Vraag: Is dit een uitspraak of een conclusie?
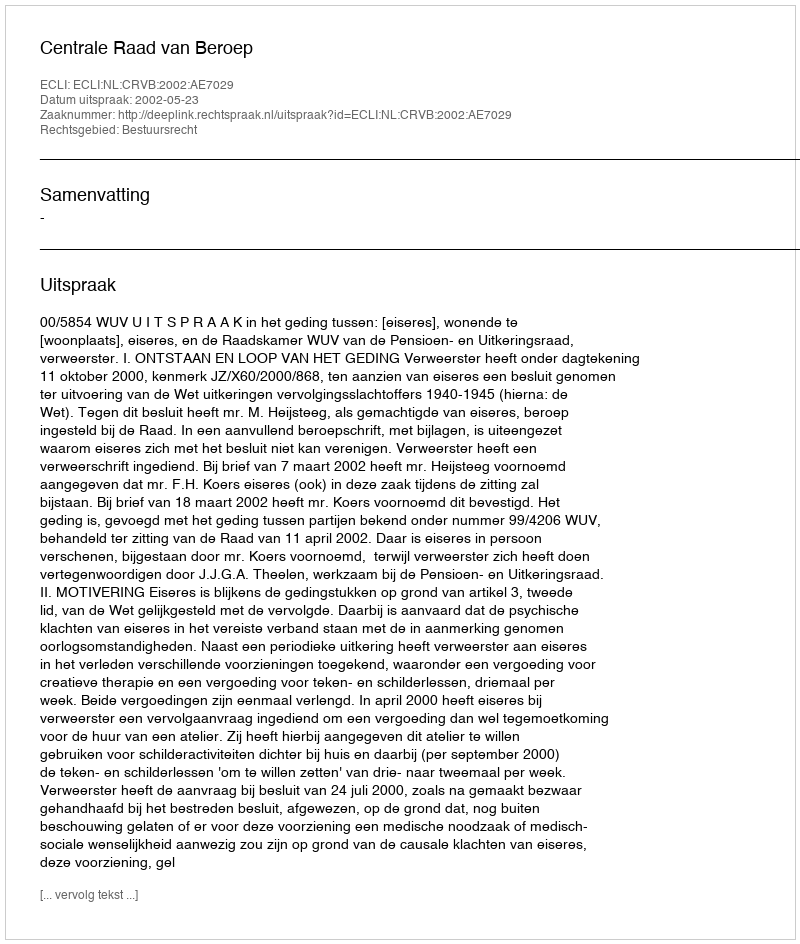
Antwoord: Uitspraak